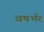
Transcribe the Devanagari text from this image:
वषर्भर